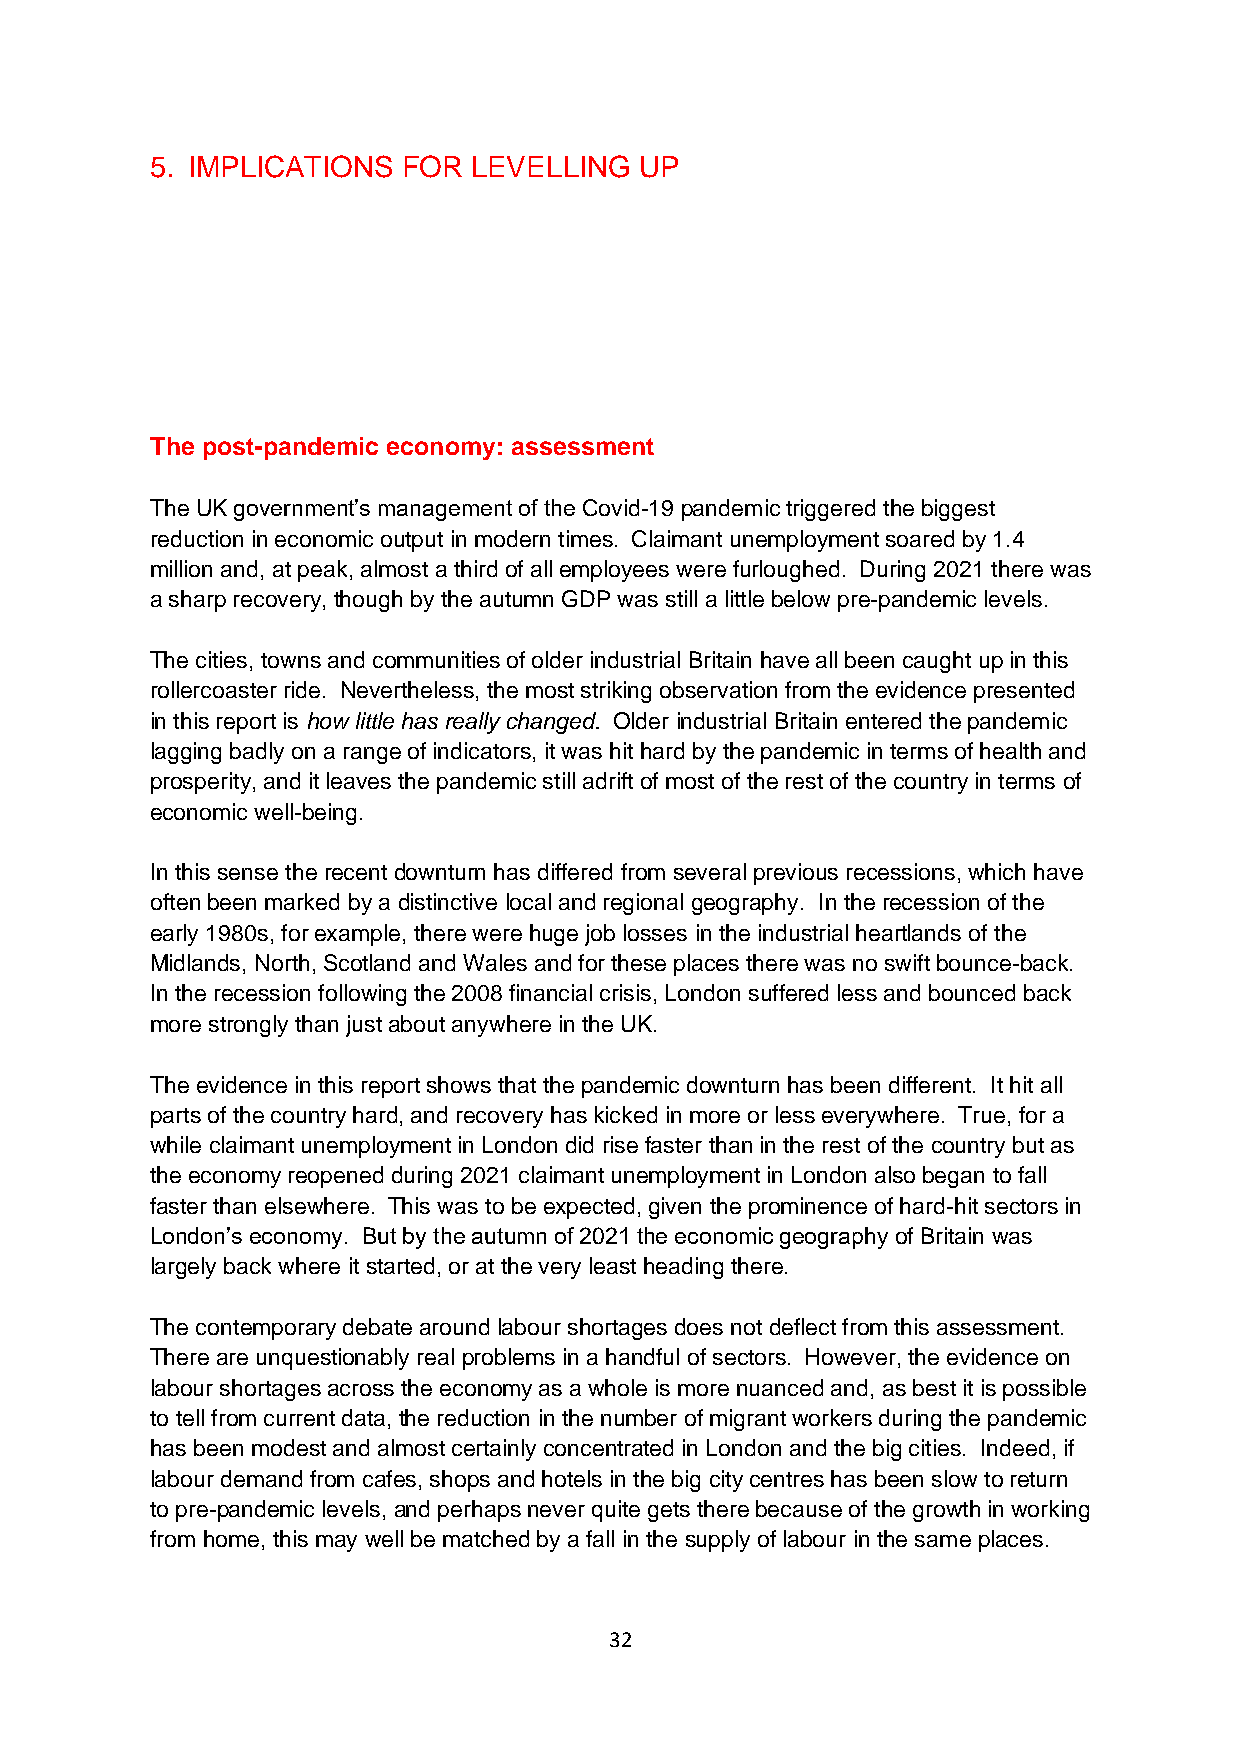
5. IMPLICATIONS  FOR LEVELLING  UP
 The post-pandemic economy: assessment
 The UK government’s management of the Covid-19 pandemic triggered the biggest
 reduction in economic output in modern times. Claimant unemployment soared by 1.4
 million and, at peak, almost a third of all employees were furloughed. During 2021 there was
 a sharp recovery, though by the autumn GDP was still a little below pre-pandemic levels.
 The cities, towns and communities of older industrial Britain have all been caught up in this
 rollercoaster ride. Nevertheless, the most striking observation from the evidence presented
 in this report is how little has really changed. Older industrial Britain entered the pandemic
 lagging badly on a range of indicators, it was hit hard by the pandemic in terms of health and
 prosperity, and it leaves the pandemic still adrift of most of the rest of the country in terms of
 economic well-being.
 In this sense the recent downturn has differed from several previous recessions, which have
 often been marked by a distinctive local and regional geography. In the recession of the
 early 1980s, for example, there were huge job losses in the industrial heartlands of the
 Midlands, North, Scotland and Wales and for these places there was no swift bounce-back.
 In the recession following the 2008 financial crisis, London suffered less and bounced back
 more strongly than just about anywhere in the UK.
 The evidence in this report shows that the pandemic downturn has been different. It hit all
 parts of the country hard, and recovery has kicked in more or less everywhere. True, for a
 while claimant unemployment in London did rise faster than in the rest of the country but as
 the economy reopened during 2021 claimant unemployment in London also began to fall
 faster than elsewhere. This was to be expected, given the prominence of hard-hit sectors in
 London’s economy. But by the autumn of 2021 the economic geography of Britain was
 largely back where it started, or at the very least heading there.
 The contemporary debate around labour shortages does not deflect from this assessment.
 There are unquestionably real problems in a handful of sectors. However, the evidence on
 labour shortages across the economy as a whole is more nuanced and, as best it is possible
 to tell from current data, the reduction in the number of migrant workers during the pandemic
 has been modest and almost certainly concentrated in London and the big cities. Indeed, if
 labour demand from cafes, shops and hotels in the big city centres has been slow to return
 to pre-pandemic levels, and perhaps never quite gets there because of the growth in working
 from home, this may well be matched by a fall in the supply of labour in the same places.
 32